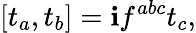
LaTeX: [t_{a},t_{b}]=\mathbf{i}f^{abc}t_{c},